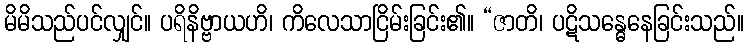
မိမိသည်ပင်လျှင်။ ပရိနိဗ္ဗာယဟိ၊ ကိလေသာငြိမ်းခြင်း၏။ “ဇာတိ၊ ပဋိသန္ဓေနေခြင်းသည်။